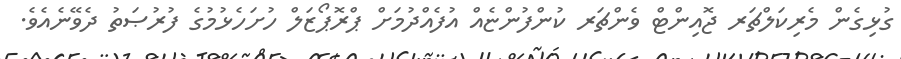
ގުޅިގެން މެރިކަލްޗަރ ޖޮއިންޓް ވެންޗަރ ކުންފުންޏެއް އުފެއްދުމަށް ޕްރޮޕޯޒަލް ހުށަހެޅުމުގެ ފުރުޞަތު ދެވޭނެއެވެ.